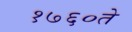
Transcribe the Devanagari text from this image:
१७६०ते